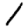
Digit: 1